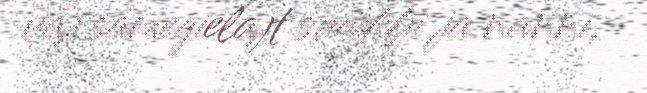
váj sámegielajt suoddji ja nanni,